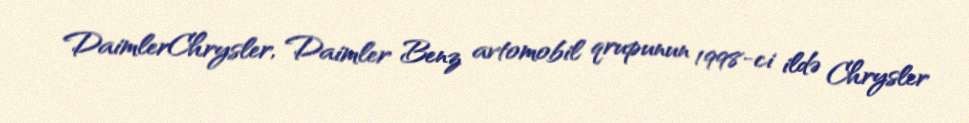
DaimlerChrysler, Daimler Benz avtomobil qrupunun 1998-ci ildə Chrysler